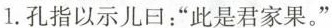
1.孔指以示儿曰：“此是君家果。”